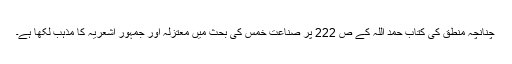
چنانچہ منطق کی کتاب حمد اللہ کے ص 222 پر صناعت خمس کی بحث میں معتزلہ اور جمہور اشعریہ کا مذہب لکھا ہے۔